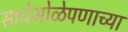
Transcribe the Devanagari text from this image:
साधेभोळेपणाच्या